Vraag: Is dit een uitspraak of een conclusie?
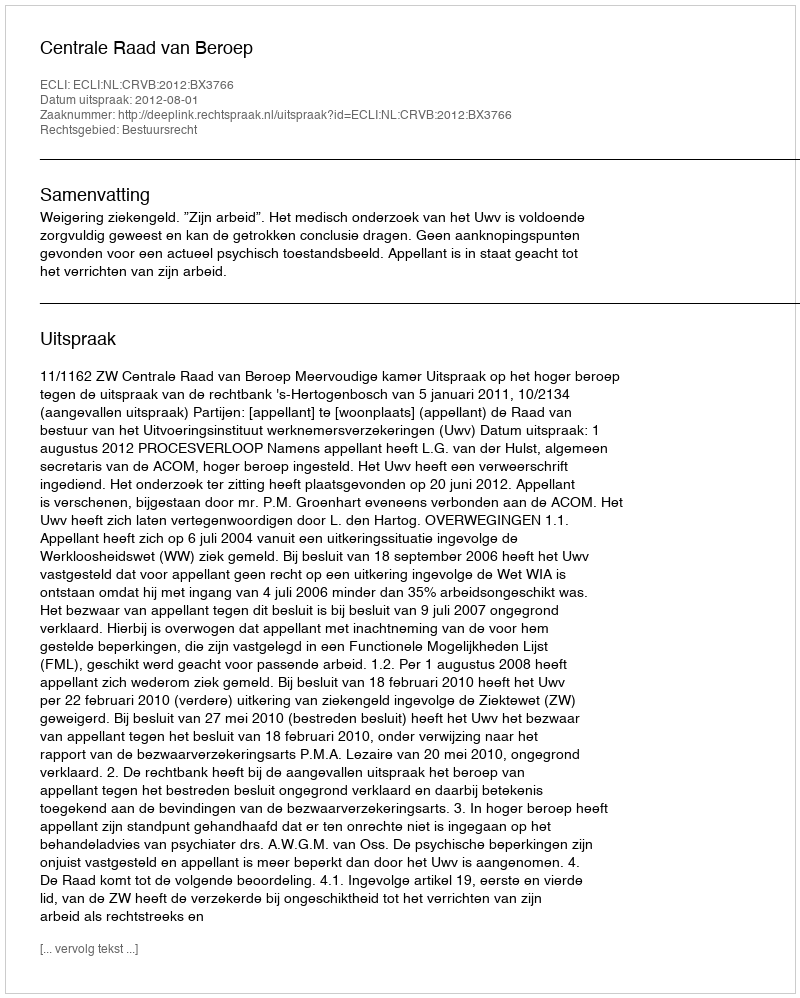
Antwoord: Uitspraak